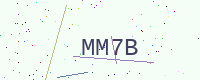
Text: MM7B